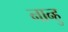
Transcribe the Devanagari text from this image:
नान्हु